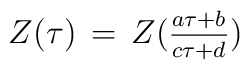
Z(\tau)\,=\, Z({_{a\tau+b}\over^{c\tau+d}})